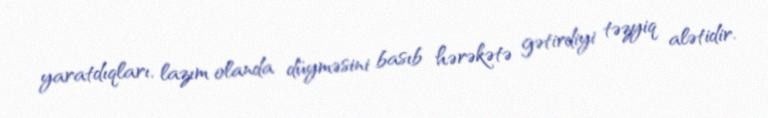
yaratdıqları, lazım olanda düyməsini basıb hərəkətə gətirdiyi təzyiq alətidir.